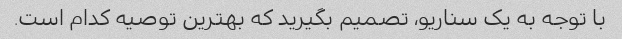
با توجه به یک سناریو، تصمیم بگیرید که بهترین توصیه کدام است.